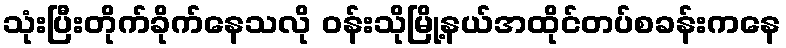
သုံးပြီးတိုက်ခိုက်နေသလို ဝန်းသိုမြို့နယ်အထိုင်တပ်စခန်းကနေ